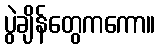
ပွဲချိန်တွေကကော။